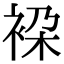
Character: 𧙤